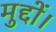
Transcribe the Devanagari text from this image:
मुद्दों।